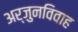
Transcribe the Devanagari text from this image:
अर्जुनविवाह